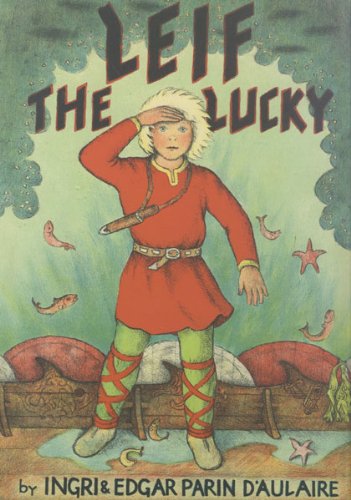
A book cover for Leif the Lucky; Ingri dEEAulaire; Children's Books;